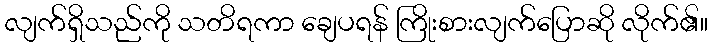
လျက်ရှိသည်ကို သတိရကာ ချေပရန် ကြိုးစားလျက်ပြောဆို လိုက်၏။